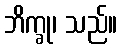
ဘိက္ခု၊ သည်။